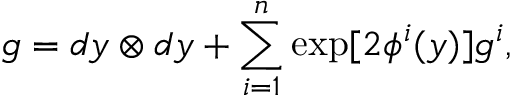
g = d y \otimes d y + \sum _ { i = 1 } ^ { n } \exp [ 2 { \phi ^ { i } } ( y ) ] g ^ { i } ,